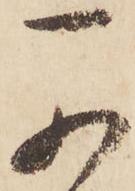
可